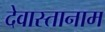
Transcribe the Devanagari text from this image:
देवास्तानाम